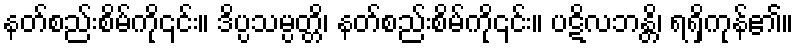
နတ်စည်းစိမ်ကို၎င်း။ ဒိပ္ပသမ္ပတ္တိ၊ နတ်စည်းစိမ်ကို၎င်း။ ပဋိလဘန္တိ၊ ရရှိကုန်၏။